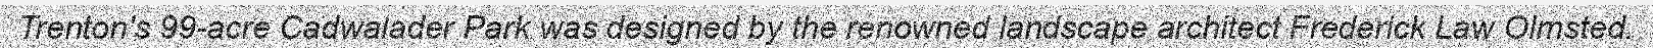
Trenton's 99-acre Cadwalader Park was designed by the renowned landscape architect Frederick Law Olmsted.